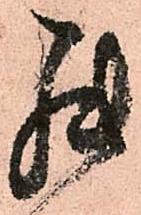
罷